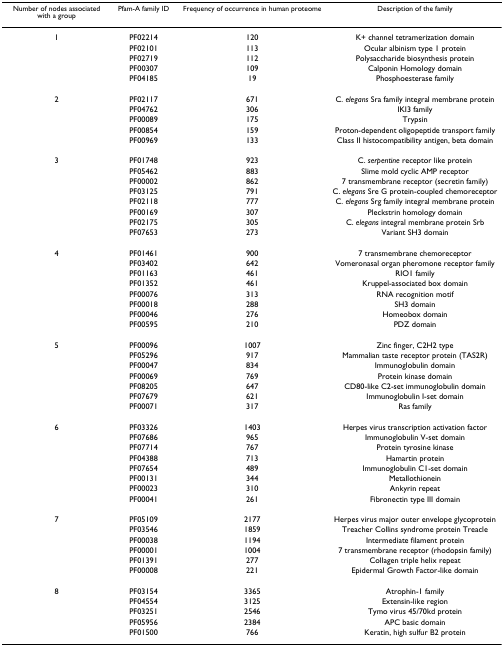
<table><thead><tr><td><b>Number of nodes associated with a group</b></td><td><b>Pfam-A family ID</b></td><td><b>Frequency of occurrence in human proteome</b></td><td><b>Description of the family</b></td></tr></thead><tbody><tr><td>1</td><td>PF02214</td><td>120</td><td>K+ channel tetramerization domain</td></tr><tr><td></td><td>PF02101</td><td>113</td><td>Ocular albinism type 1 protein</td></tr><tr><td></td><td>PF02719</td><td>112</td><td>Polysaccharide biosynthesis protein</td></tr><tr><td></td><td>PF00307</td><td>109</td><td>Calponin Homology domain</td></tr><tr><td></td><td>PF04185</td><td>19</td><td>Phosphoesterase family</td></tr><tr><td>2</td><td>PF02117</td><td>671</td><td>C. <i>elegans </i>Sra family integral membrane protein</td></tr><tr><td></td><td>PF04762</td><td>306</td><td>IKI3 family</td></tr><tr><td></td><td>PF00089</td><td>175</td><td>Trypsin</td></tr><tr><td></td><td>PF00854</td><td>159</td><td>Proton-dependent oligopeptide transport family</td></tr><tr><td></td><td>PF00969</td><td>133</td><td>Class II histocompatibility antigen, beta domain</td></tr><tr><td>3</td><td>PF01748</td><td>923</td><td>C. <i>serpentine </i>receptor like protein</td></tr><tr><td></td><td>PF05462</td><td>883</td><td>Slime mold cyclic AMP receptor</td></tr><tr><td></td><td>PF00002</td><td>862</td><td>7 transmembrane receptor (secretin family)</td></tr><tr><td></td><td>PF03125</td><td>791</td><td>C. <i>elegans </i>Sre G protein-coupled chemoreceptor</td></tr><tr><td></td><td>PF02118</td><td>777</td><td>C. <i>elegans </i>Srg family integral membrane protein</td></tr><tr><td></td><td>PF00169</td><td>307</td><td>Pleckstrin homology domain</td></tr><tr><td></td><td>PF02175</td><td>305</td><td>C. <i>elegans </i>integral membrane protein Srb</td></tr><tr><td></td><td>PF07653</td><td>273</td><td>Variant SH3 domain</td></tr><tr><td>4</td><td>PF01461</td><td>900</td><td>7 transmembrane chemoreceptor</td></tr><tr><td></td><td>PF03402</td><td>642</td><td>Vomeronasal organ pheromone receptor family</td></tr><tr><td></td><td>PF01163</td><td>461</td><td>RIO1 family</td></tr><tr><td></td><td>PF01352</td><td>461</td><td>Kruppel-associated box domain</td></tr><tr><td></td><td>PF00076</td><td>313</td><td>RNA recognition motif</td></tr><tr><td></td><td>PF00018</td><td>288</td><td>SH3 domain</td></tr><tr><td></td><td>PF00046</td><td>276</td><td>Homeobox domain</td></tr><tr><td></td><td>PF00595</td><td>210</td><td>PDZ domain</td></tr><tr><td>5</td><td>PF00096</td><td>1007</td><td>Zinc finger, C2H2 type</td></tr><tr><td></td><td>PF05296</td><td>917</td><td>Mammalian taste receptor protein (TAS2R)</td></tr><tr><td></td><td>PF00047</td><td>834</td><td>Immunoglobulin domain</td></tr><tr><td></td><td>PF00069</td><td>769</td><td>Protein kinase domain</td></tr><tr><td></td><td>PF08205</td><td>647</td><td>CD80-like C2-set immunoglobulin domain</td></tr><tr><td></td><td>PF07679</td><td>621</td><td>Immunoglobulin I-set domain</td></tr><tr><td></td><td>PF00071</td><td>317</td><td>Ras family</td></tr><tr><td>6</td><td>PF03326</td><td>1403</td><td>Herpes virus transcription activation factor</td></tr><tr><td></td><td>PF07686</td><td>965</td><td>Immunoglobulin V-set domain</td></tr><tr><td></td><td>PF07714</td><td>767</td><td>Protein tyrosine kinase</td></tr><tr><td></td><td>PF04388</td><td>713</td><td>Hamartin protein</td></tr><tr><td></td><td>PF07654</td><td>489</td><td>Immunoglobulin C1-set domain</td></tr><tr><td></td><td>PF00131</td><td>344</td><td>Metallothionein</td></tr><tr><td></td><td>PF00023</td><td>310</td><td>Ankyrin repeat</td></tr><tr><td></td><td>PF00041</td><td>261</td><td>Fibronectin type III domain</td></tr><tr><td>7</td><td>PF05109</td><td>2177</td><td>Herpes virus major outer envelope glycoprotein</td></tr><tr><td></td><td>PF03546</td><td>1859</td><td>Treacher Collins syndrome protein Treacle</td></tr><tr><td></td><td>PF00038</td><td>1194</td><td>Intermediate filament protein</td></tr><tr><td></td><td>PF00001</td><td>1004</td><td>7 transmembrane receptor (rhodopsin family)</td></tr><tr><td></td><td>PF01391</td><td>277</td><td>Collagen triple helix repeat</td></tr><tr><td></td><td>PF00008</td><td>221</td><td>Epidermal Growth Factor-like domain</td></tr><tr><td>8</td><td>PF03154</td><td>3365</td><td>Atrophin-1 family</td></tr><tr><td></td><td>PF04554</td><td>3125</td><td>Extensin-like region</td></tr><tr><td></td><td>PF03251</td><td>2546</td><td>Tymo virus 45/70kd protein</td></tr><tr><td></td><td>PF05956</td><td>2384</td><td>APC basic domain</td></tr><tr><td></td><td>PF01500</td><td>766</td><td>Keratin, high sulfur B2 protein</td></tr></tbody></table>